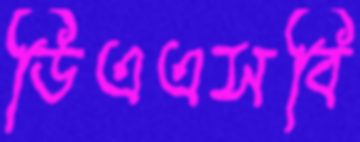
ডিএএসবি